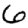
Digit: 6